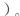
）。